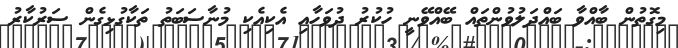
މިގޮތުން ބާއްވާ ބައްދަލުވުންތައް ބޭއްވޭނީ ހުކުރު ދުވަހާއި އެކިއެކި މުނާސަބަތު ތަކާގުޅިގެން ސަރުކާރު